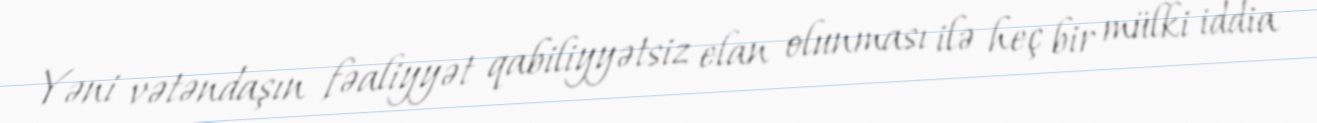
Yəni vətəndaşın fəaliyyət qabiliyyətsiz elan olunması ilə heç bir mülki iddia